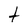
Character: t